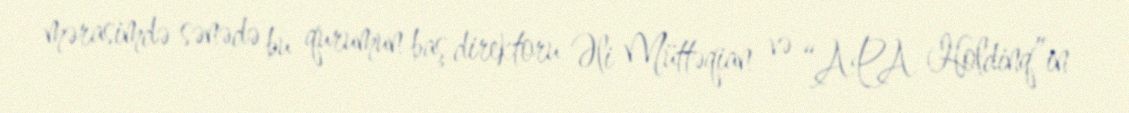
mərasimdə sənədə bu qurumun baş direktoru Əli Müttəqian və “APA Holdinq”in